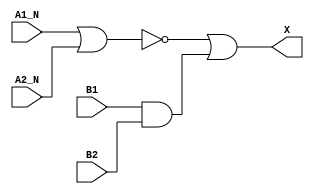
module sky130_fd_sc_hd__a2bb2o (
    X   ,
    A1_N,
    A2_N,
    B1  ,
    B2
);

    // Module ports
    output X   ;
    input  A1_N;
    input  A2_N;
    input  B1  ;
    input  B2  ;

    // Local signals
    wire and0_out ;
    wire nor0_out ;
    wire or0_out_X;

    //  Name  Output     Other arguments
    and and0 (and0_out , B1, B2            );
    nor nor0 (nor0_out , A1_N, A2_N        );
    or  or0  (or0_out_X, nor0_out, and0_out);
    buf buf0 (X        , or0_out_X         );

endmodule